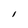
Character: l